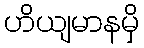
ဟိယျမာနမှိ